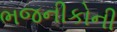
ભજનીકોની